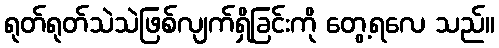
ရုတ်ရုတ်သဲသဲဖြစ်လျက်ရှိခြင်းကို တွေ့ရလေ သည်။